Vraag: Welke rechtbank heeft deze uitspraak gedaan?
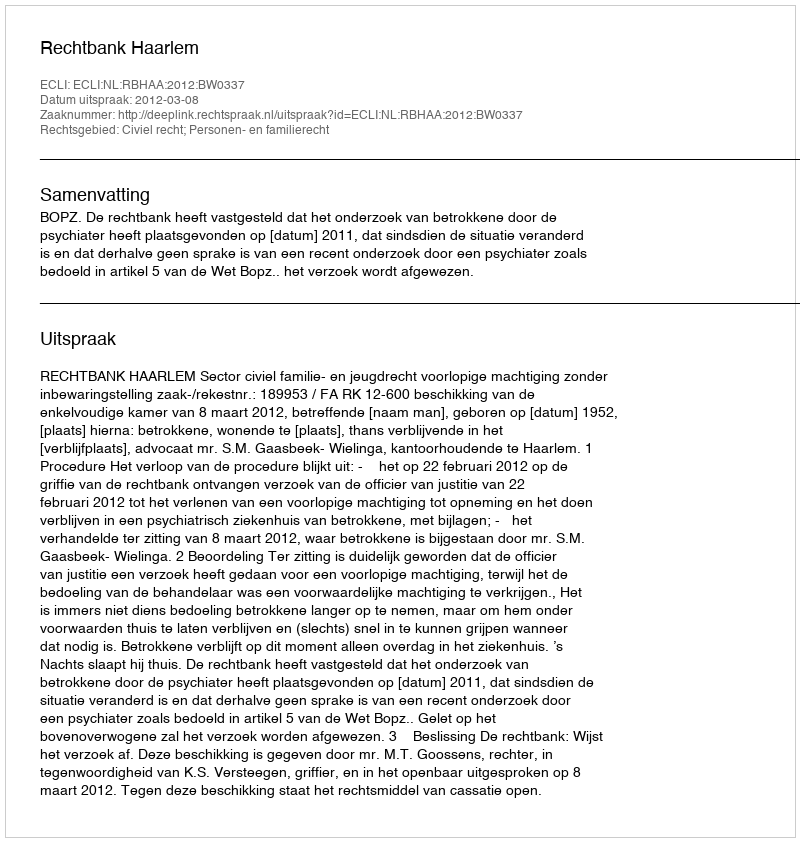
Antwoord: Rechtbank Haarlem